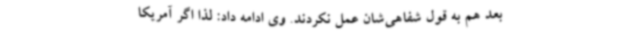
بعد هم به قول شفاهی‌شان عمل نکردند. وی ادامه داد: لذا اگر آمریکا